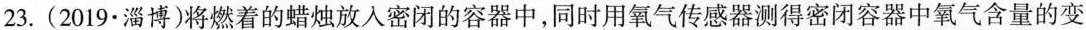
23.(2019·淄博)将燃着的蜡烛放入密闭的容器中，同时用氧气传感器测得密闭容器中氧气含量的变